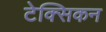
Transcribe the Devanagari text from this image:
टेक्सिकन